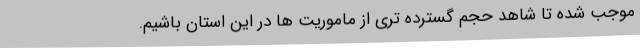
موجب شده تا شاهد حجم گسترده تری از ماموریت ها در این استان باشیم.